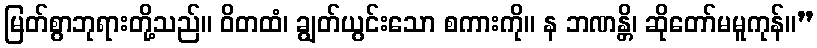
မြတ်စွာဘုရားတို့သည်။ ဝိတထံ၊ ချွတ်ယွင်းသော စကားကို။ န ဘဏန္တိ၊ ဆိုတော်မမူကုန်။”